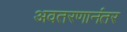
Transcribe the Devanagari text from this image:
अवतरणानंतर